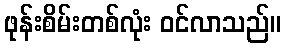
ဖုန်းစိမ်းတစ်လုံး ဝင်လာသည်။